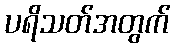
ပရိသတ်အတွက်